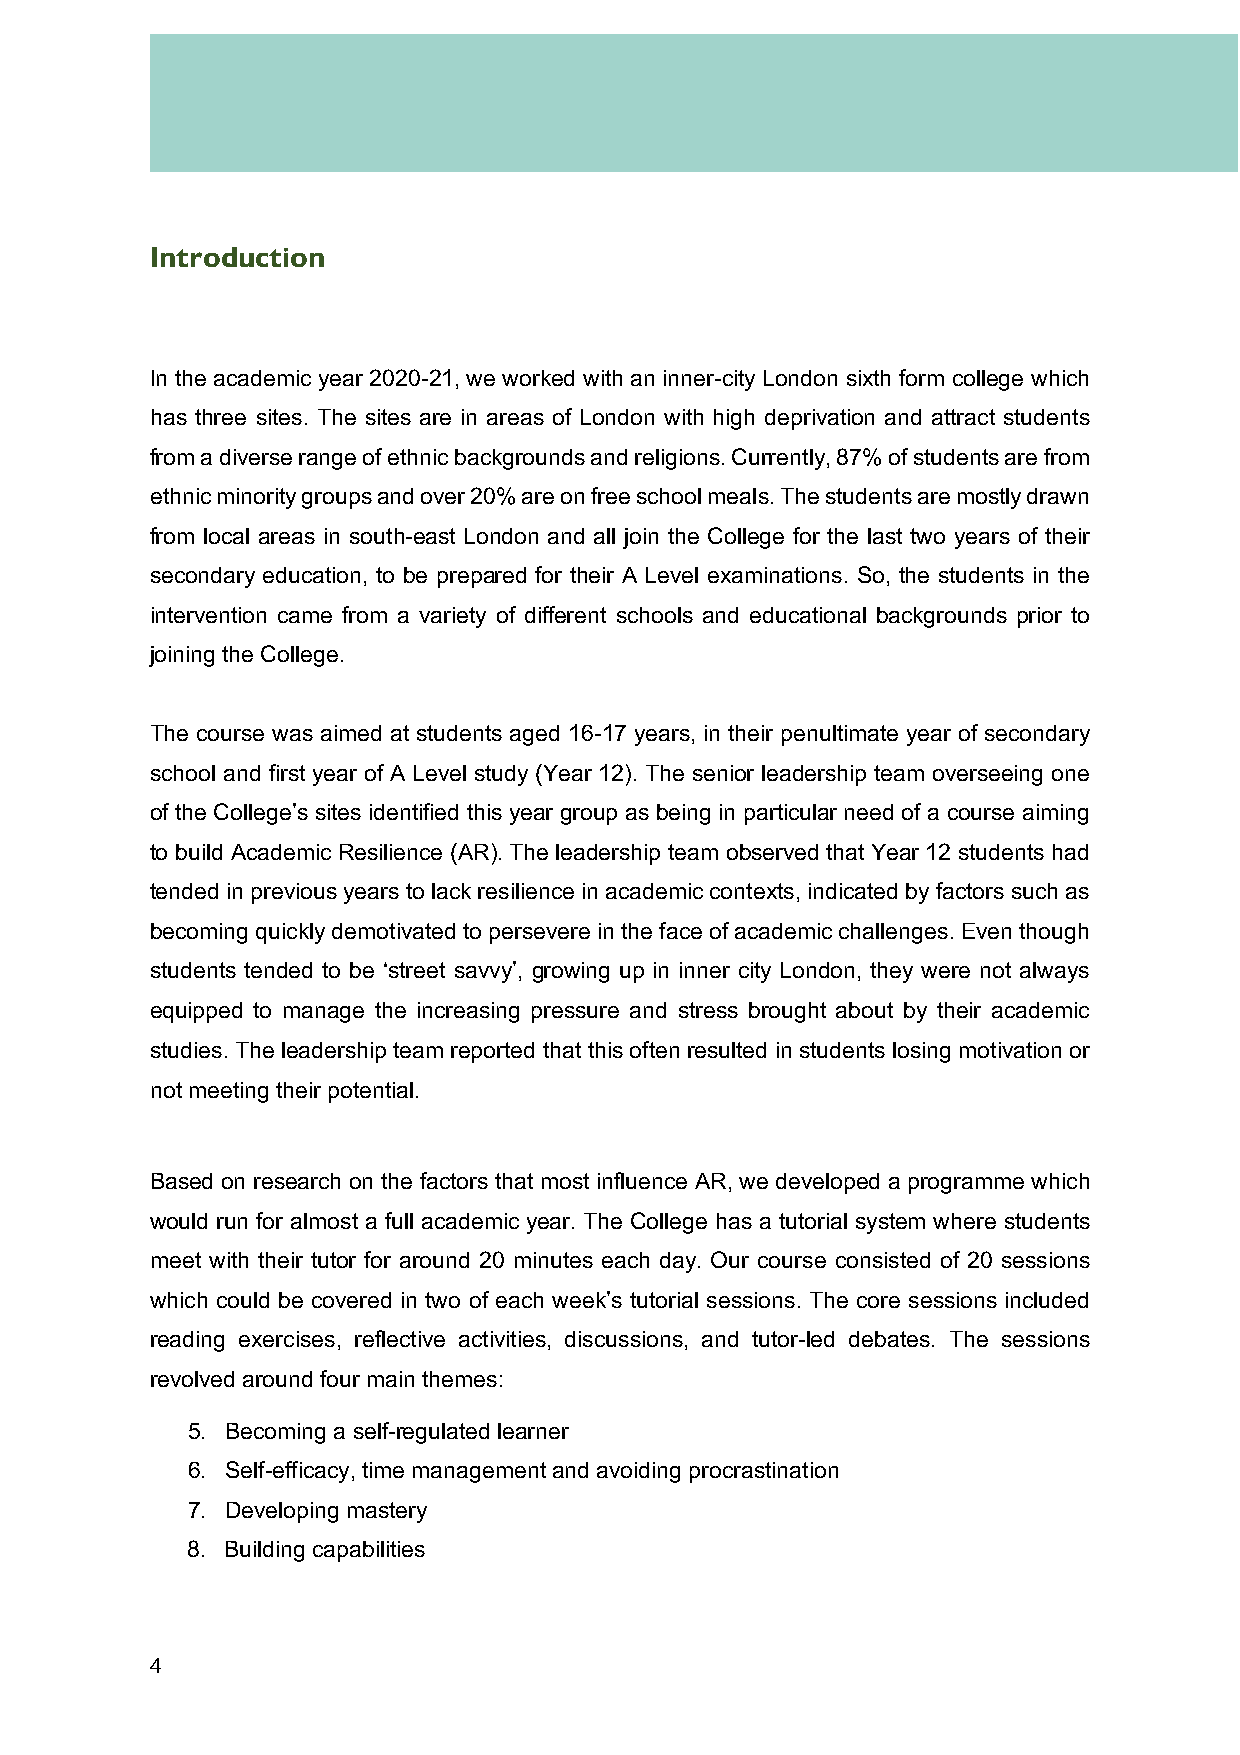
Introduction
 In the academic year 2020-21, we worked with an inner-city London sixth form college which
 has three sites. The sites are in areas of London with high deprivation and attract students
 from a diverse range of ethnic backgrounds and religions. Currently, 87% of students are from
 ethnic minority groups and over 20% are on free school meals. The students are mostly drawn
 from local areas in south-east London and all join the College for the last two years of their
 secondary education, to be prepared for their A Level examinations. So, the students in the
 intervention came from a variety of different schools and educational backgrounds prior to
 joining the College.
 The course was aimed at students aged 16-17 years, in their penultimate year of secondary
 school and first year of A Level study (Year 12). The senior leadership team overseeing one
 of the College’s sites identified this year group as being in particular need of a course aiming
 to build Academic Resilience (AR). The leadership team observed that Year 12 students had
 tended in previous years to lack resilience in academic contexts, indicated by factors such as
 becoming quickly demotivated to persevere in the face of academic challenges. Even though
 students tended to be ‘street savvy’, growing up in inner city London, they were not always
 equipped to manage the increasing pressure and stress brought about by their academic
 studies. The leadership team reported that this often resulted in students losing motivation or
 not meeting their potential.
 Based on research on the factors that most influence AR, we developed a programme which
 would run for almost a full academic year. The College has a tutorial system where students
 meet with their tutor for around 20 minutes each day. Our course consisted of 20 sessions
 which could be covered in two of each week’s tutorial sessions. The core sessions included
 reading exercises, reflective activities, discussions, and tutor-led debates. The sessions
 revolved around four main themes:
 5. Becoming a self-regulated learner
 6. Self-efficacy, time management and avoiding procrastination
 7. Developing mastery
 8. Building capabilities
 4